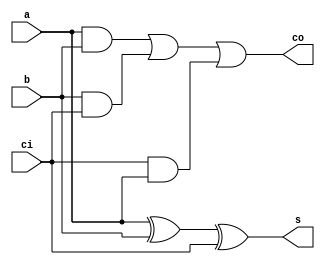
`timescale 1ns / 1ps
//////////////////////////////////////////////////////////////////////////////////
// Company: 
// Engineer: 
// 
// Design Name: 
// Module Name: fulladder
// Project Name: 
// Target Devices: 
// Tool Versions: 
// Description: 
// 
// Dependencies: 
// 
// Revision:
// Revision 0.01 - File Created
// Additional Comments:
// 
//////////////////////////////////////////////////////////////////////////////////


module fulladder(output s,co, input a,b,ci);
assign s = a^b^ci;
assign co = (a&b) | (b&ci) | (ci&a);
endmodule